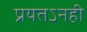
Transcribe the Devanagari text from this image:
प्रयतऽनही